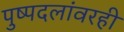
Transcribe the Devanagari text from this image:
पुष्पदलांवरही